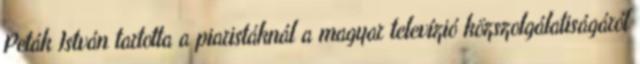
Peták István tartotta a piaristáknál a ma­gyar televízió köz­szolgálatiságáról